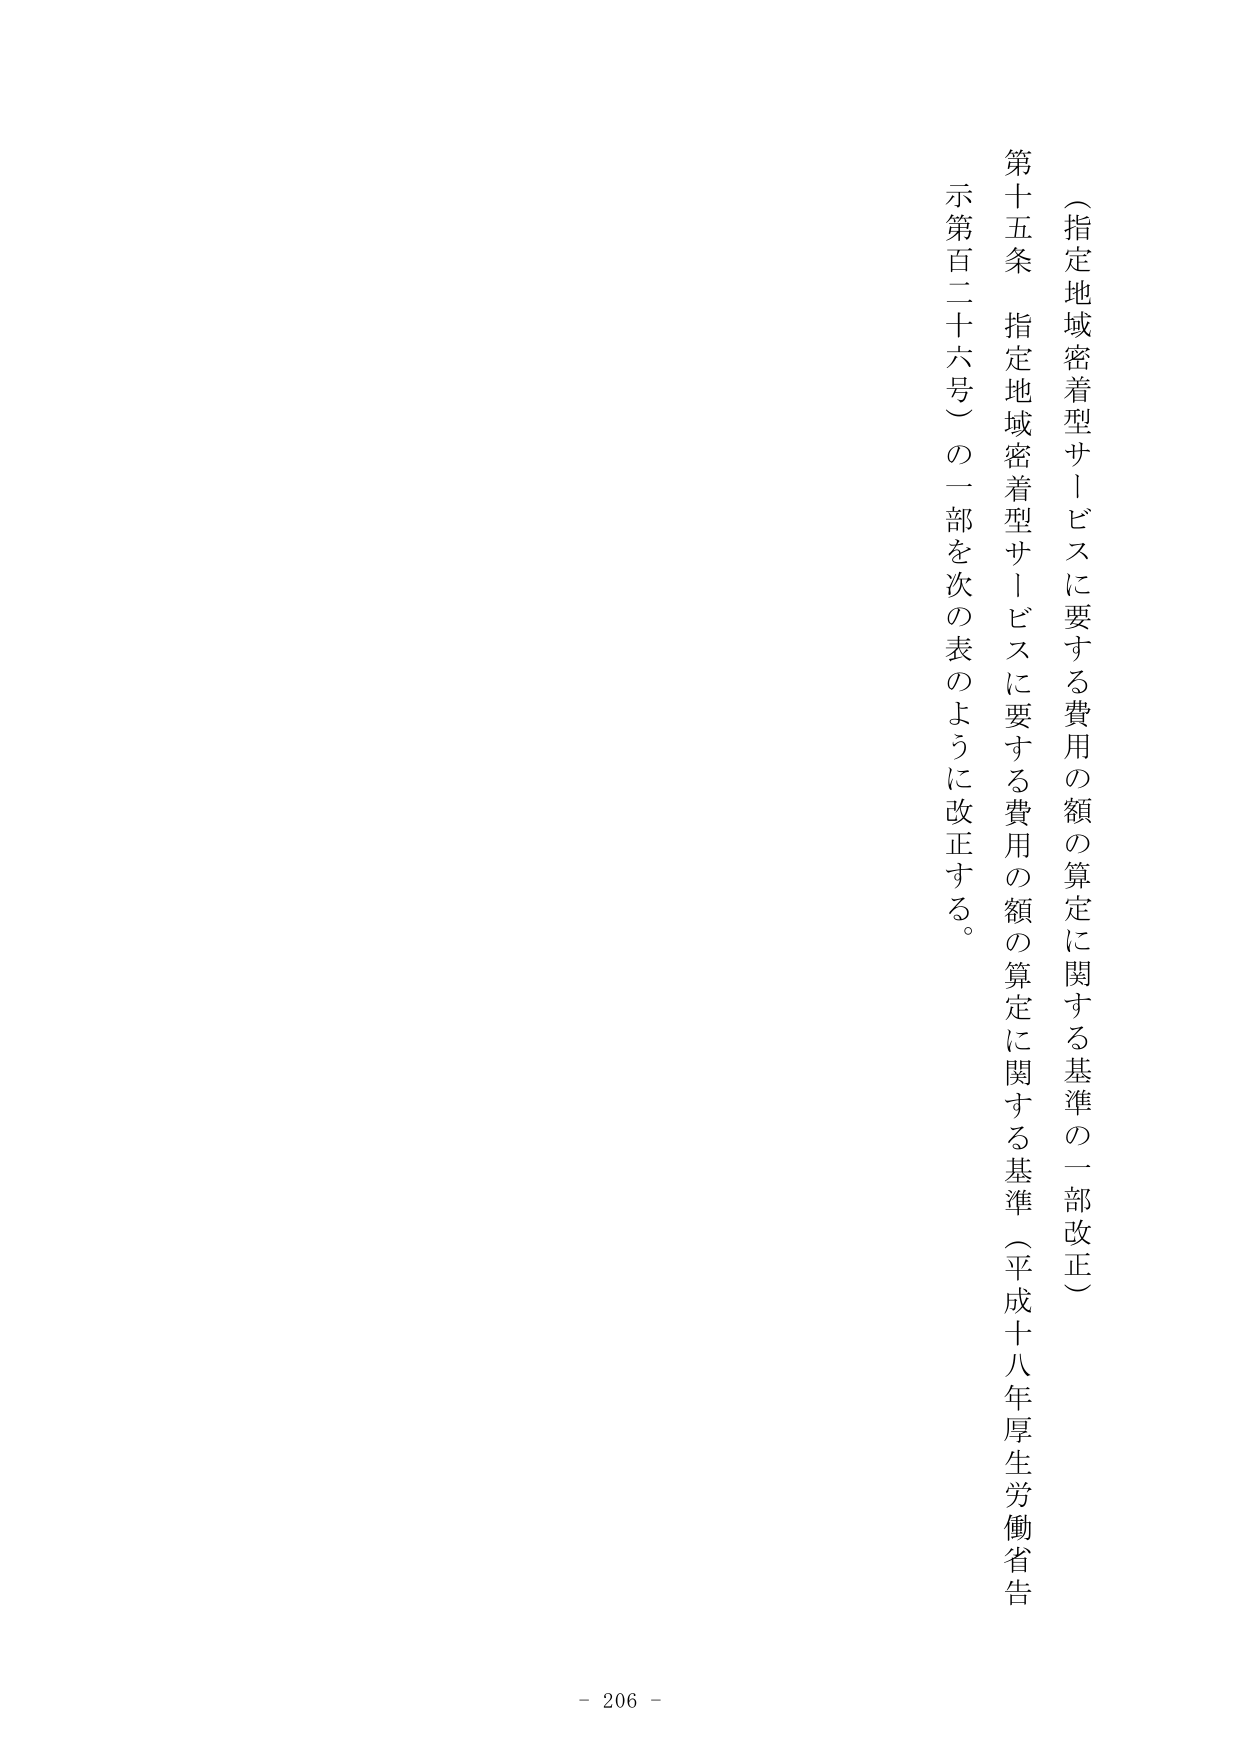
（指定地域密着型サービスに要する費用の額の算定に関する基準の一部改正）

第十五条 指定地域密着型サービスに要する費用の額の算定に関する基準（平成十八年厚生労働省告示第百二十六号）の一部を次の表のように改正する。

- 206 -